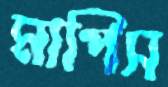
মাপিস